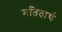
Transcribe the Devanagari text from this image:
मतितार्थ